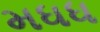
મધધ